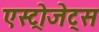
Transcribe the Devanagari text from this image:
एस्‍ट्रोजेट्स